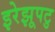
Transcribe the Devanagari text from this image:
इरेझूपटु